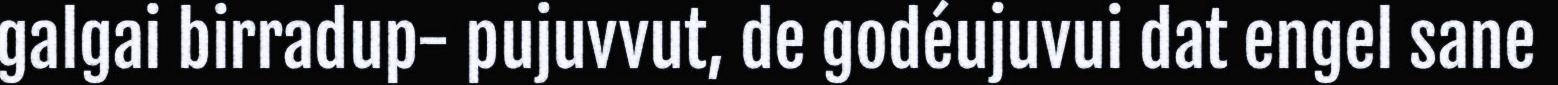
galgai birradup- pujuvvut, de godéujuvui dat engel sane